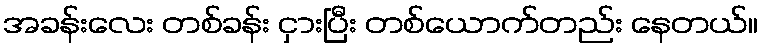
အခန်းလေး တစ်ခန်း ငှားပြီး တစ်ယောက်တည်း နေတယ်။